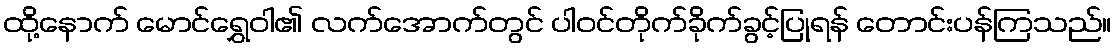
ထို့နောက် မောင်ရွှေဝါ၏ လက်အောက်တွင် ပါဝင်တိုက်ခိုက်ခွင့်ပြုရန် တောင်းပန်ကြသည်။